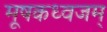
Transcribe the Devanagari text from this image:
मूषकध्वजम्